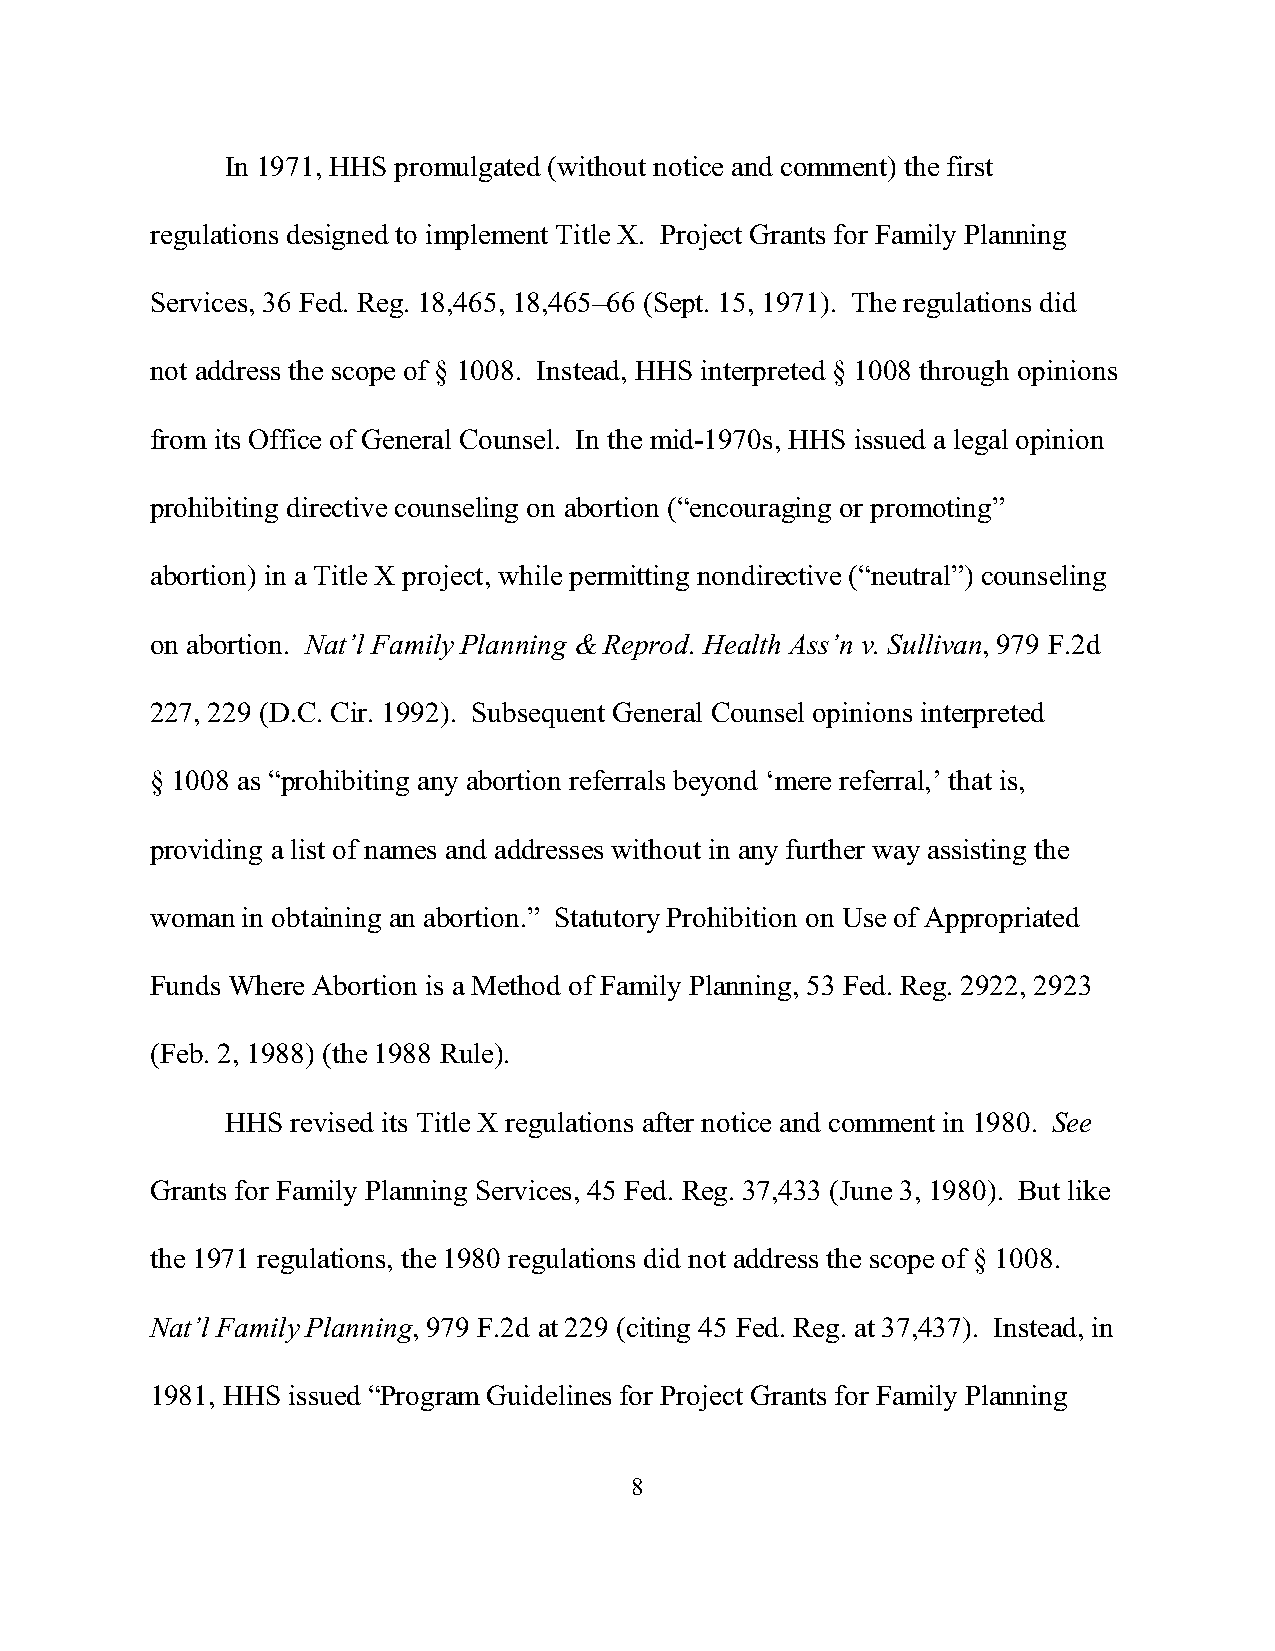
In 1971, HHS promulgated (without notice and comment) the first
 regulations designed to implement Title X. Project Grants for Family Planning
 Services, 36 Fed. Reg. 18,465, 18,465–66 (Sept. 15, 1971). The regulations did
 not address the scope of § 1008. Instead, HHS interpreted § 1008 through opinions
 from its Office of General Counsel. In the mid-1970s, HHS issued a legal opinion
 prohibiting directive counseling on abortion (“encouraging or promoting”
 abortion) in a Title X project, while permitting nondirective (“neutral”) counseling
 on abortion. Nat’l Family Planning & Reprod. Health Ass’n v. Sullivan, 979 F.2d
 227, 229 (D.C. Cir. 1992). Subsequent General Counsel opinions interpreted
 § 1008 as “prohibiting any abortion referrals beyond ‘mere referral,’ that is,
 providing a list of names and addresses without in any further way assisting the
 woman in obtaining an abortion.” Statutory Prohibition on Use of Appropriated
 Funds Where Abortion is a Method of Family Planning, 53 Fed. Reg. 2922, 2923
 (Feb. 2, 1988) (the 1988 Rule).
 HHS revised its Title X regulations after notice and comment in 1980. See
 Grants for Family Planning Services, 45 Fed. Reg. 37,433 (June 3, 1980). But like
 the 1971 regulations, the 1980 regulations did not address the scope of § 1008.
 Nat’l Family Planning, 979 F.2d at 229 (citing 45 Fed. Reg. at 37,437). Instead, in
 1981, HHS issued “Program Guidelines for Project Grants for Family Planning
 8